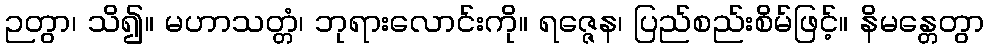
ဉတွာ၊ သိ၍။ မဟာသတ္တံ၊ ဘုရားလောင်းကို။ ရဇ္ဇေန၊ ပြည်စည်းစိမ်ဖြင့်။ နိမန္တေတွာ